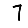
Digit: 7